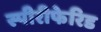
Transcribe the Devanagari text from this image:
स्पीरीफेरिड